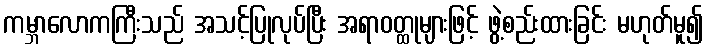
ကမ္ဘာလောကကြီးသည် အသင့်ပြုလုပ်ပြီး အရာဝတ္ထုများဖြင့် ဖွဲ့စည်းထားခြင်း မဟုတ်မူ၍